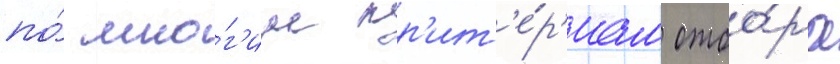
по́ мно́г'им кр'ит'е́р'иам отбо́ра